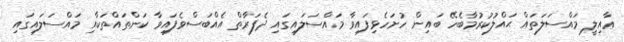
ޢާއިލީ މައްސަލަތައް ޙައްލުކުރުމާބެހޭ ބައިން ހުށަހެޅިފައިވާ މައްސަލައިގައި ދެފަރާތް އެއްބަސްވެފައިވާ ކަންތައްތަކާއި މައްސަލައިގައި